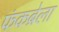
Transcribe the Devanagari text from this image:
फंकब्रेला